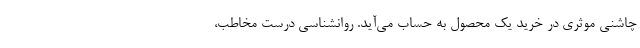
چاشنی موثری در خرید یک محصول به حساب می‌آید. روانشناسی درست مخاطب،